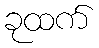
ခုထက်